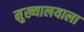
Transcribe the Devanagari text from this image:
मुख्यालयाला